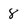
Character: 8